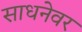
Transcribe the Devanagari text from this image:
साधनेवर